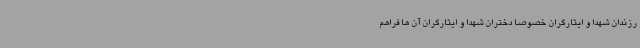
رزندان شهدا و ایثارگران خصوصاً دختران شهدا و ایثارگران آن ها فراهم